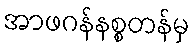
အာဖဂန်နစ္စတန်မှ